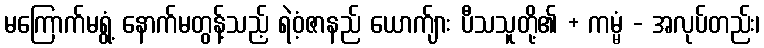
မကြောက်မရွံ့ နောက်မတွန့်သည့် ရဲဝံ့ဇာနည် ယောက်ျား ပီသသူတို့၏ + ကမ္မံ - အလုပ်တည်း၊